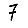
Digit: 7